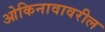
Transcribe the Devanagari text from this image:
ओकिनावावरील